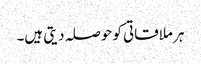
ہر ملاقاتی کو حوصلہ دیتی ہیں۔